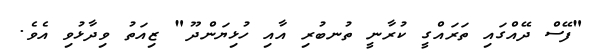
"ފޭސް ދޭއްގައި ތަރައްގީ ކުރާނީ ތުނބުރި އާއި ހުޅިޔަންދޫ" ޒިއަތު ވިދާޅުވި އެވެ.